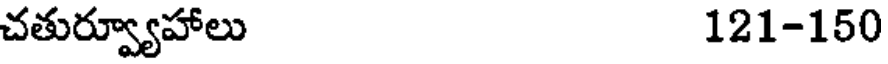
చతుర్వ్యూహాలు 121-150